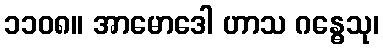
၁၁၀၈။ အာမောဒေါ ဟာသ ဂန္ဓေသု၊